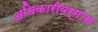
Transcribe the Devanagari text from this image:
अधिकारीवर्गास